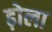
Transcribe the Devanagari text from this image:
ढ़ोला